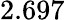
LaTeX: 2.697